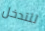
للتدخل